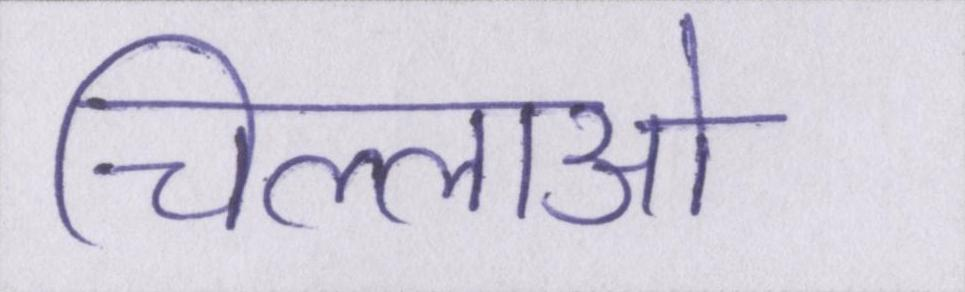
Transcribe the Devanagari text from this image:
चिल्लाओ